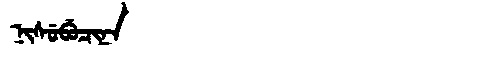
Manchu: ᠨᡳᠰᡠᠪᡠᠴᡳᠨᠠ
Romanization: NISUBUCINA